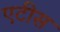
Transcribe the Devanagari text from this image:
एटीस